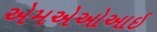
એમએઓઆઇ